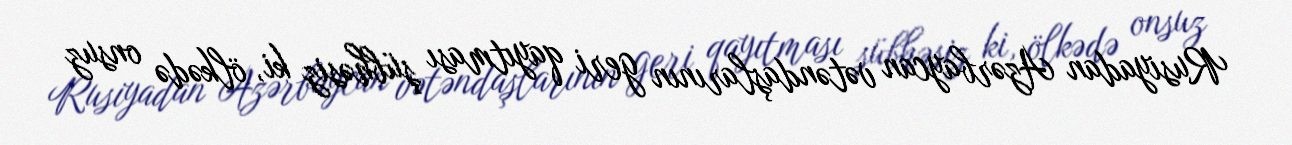
Rusiyadan Azərbaycan vətəndaşlarının geri qayıtması şübhəsiz ki, ölkədə onsuz